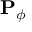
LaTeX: \mathbf { P } _ { \phi }